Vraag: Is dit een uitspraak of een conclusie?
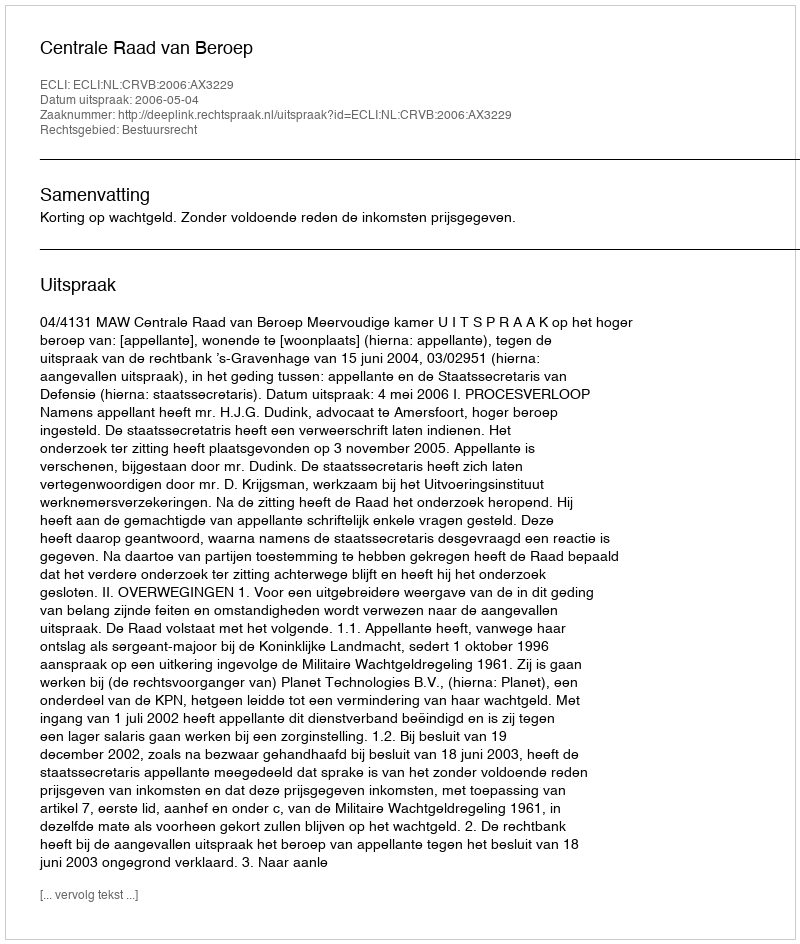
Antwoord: Uitspraak